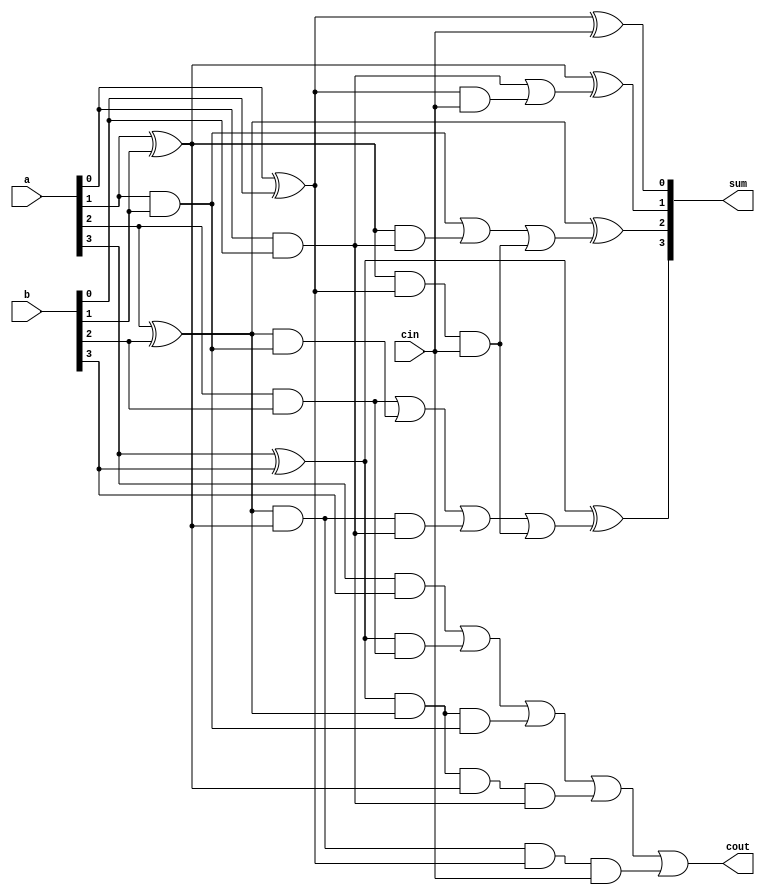
`timescale 1ns / 1ps
// Carry Look Ahead Adder


module carry_look_adder(a, b, cin, sum, cout);
    input [3:0] a, b;      // 4-Bits Input
    input cin;             // carry-in
    output [3:0] sum;      // Sum output
    output cout;           // carry-out

    wire p0, p1, p2, p3;   // XOR kaplarnn klar
    wire g0, g1, g2, g3;   // AND kaplarnn klar
    wire c0, c1, c2, c3, c4; // Tama sinyalleri

    // XOR Islemleri
    assign p0 = (a[0] ^ b[0]);
    assign p1 = (a[1] ^ b[1]);
    assign p2 = (a[2] ^ b[2]);
    assign p3 = (a[3] ^ b[3]);

    // AND islermleri
    assign g0 = (a[0] & b[0]);
    assign g1 = (a[1] & b[1]);
    assign g2 = (a[2] & b[2]);
    assign g3 = (a[3] & b[3]);

    // lk tama sinyali
    assign c0 = cin;

    // Dier tama sinyalleri
    assign c1 = g0 | (p0 & cin);
    assign c2 = g1 | (p1 & g0) | (p1 & p0 & cin);
    assign c3 = g2 | (p2 & g1) | (p2 & p1 & g0) | (p1 & p0 & cin);
    assign c4 = g3 | (p3 & g2) | (p3 & p2 & g1) | (p3 & p2 & p1 & g0) | (p2 & p1 & p0 & cin);

    // Toplam sonularn hesaplama
    assign sum[0] = p0 ^ c0;
    assign sum[1] = p1 ^ c1;
    assign sum[2] = p2 ^ c2;
    assign sum[3] = p3 ^ c3;

    // Tama kn belirleme
    assign cout = c4;
endmodule